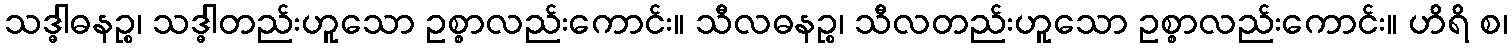
သဒ္ဓါဓနဉ္စ၊ သဒ္ဓါတည်းဟူသော ဥစ္စာလည်းကောင်း။ သီလဓနဉ္စ၊ သီလတည်းဟူသော ဥစ္စာလည်းကောင်း။ ဟိရိ စ၊